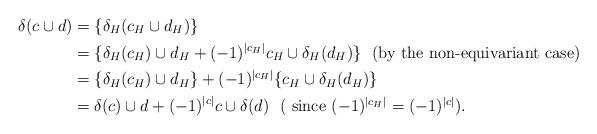
LaTeX: \begin{align*}\delta (c\cup d) & = \{\delta_H (c_H\cup d_H)\}\\& = \{ \delta_H(c_H)\cup d_H + (-1)^{|c_H|}c_H\cup \delta_H(d_H)\}~~\mbox{(by the non-equivariant case)}\\& = \{ \delta_H(c_H)\cup d_H\} + (-1)^{|c_H|}\{c_H\cup \delta_H(d_H)\}\\& = \delta (c)\cup d + (-1)^{|c|}c \cup \delta (d)~~\mbox{( since $(-1)^{|c_H|} = (-1)^{|c|}$)}.\end{align*}